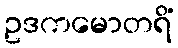
ဥဒကမောတရိံ